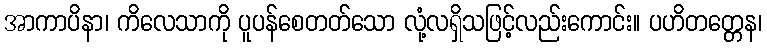
အာကာပိနာ၊ ကိလေသာကို ပူပန်စေတတ်သော လုံ့လရှိသဖြင့်လည်းကောင်း။ ပဟိတတ္တေန၊